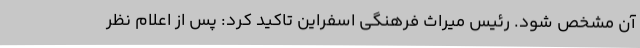
آن مشخص شود. رئیس میراث فرهنگی اسفراین تاکید کرد: پس از اعلام نظر